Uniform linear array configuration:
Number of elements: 4
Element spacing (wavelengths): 0.25
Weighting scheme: kaiser
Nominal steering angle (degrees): -45
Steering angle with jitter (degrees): -44.901
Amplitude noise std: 0.05
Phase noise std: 0.05

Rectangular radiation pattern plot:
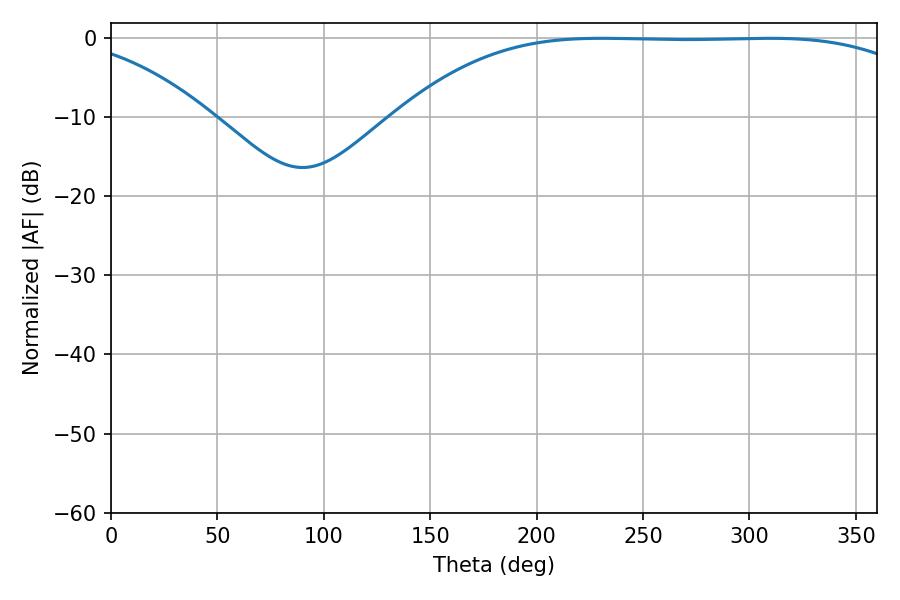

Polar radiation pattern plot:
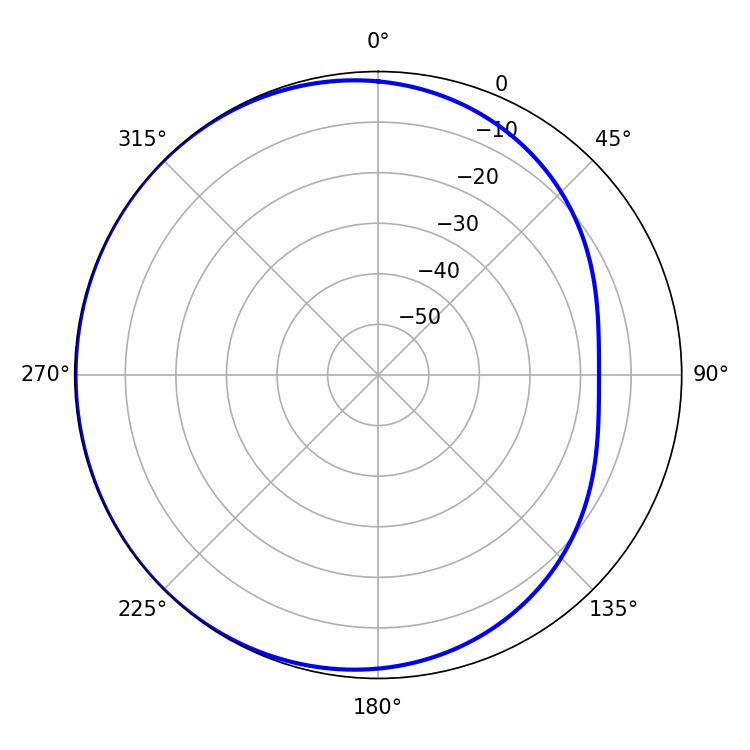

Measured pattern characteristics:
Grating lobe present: FALSE
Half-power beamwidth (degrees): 189.72
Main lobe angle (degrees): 230.58